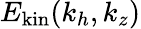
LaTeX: E_{\mathrm{kin}}(k_{h},k_{z})